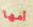
أمها